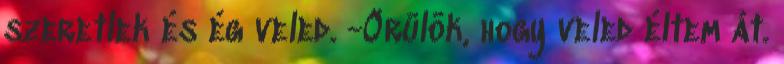
szeretlek és ég veled. -Örülök, hogy veled éltem át.